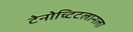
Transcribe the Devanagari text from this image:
टेनोच्टिटलानला